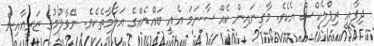
ދިފާޢީ ރިފްލެކްސް އެކެވެ. މާގިނައިން ކެއްސާނަމަ އެއީ ބައްޔެއްގެ އަލާމާތެކެވެ. ނޭވާލުމުގެ ޒަރީޢާއިން